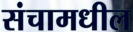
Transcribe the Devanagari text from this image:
संचामधील